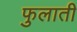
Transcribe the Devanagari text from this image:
फुलाती